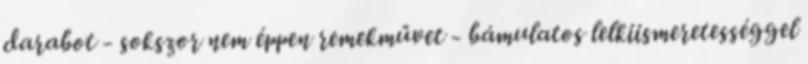
darabot - sokszor nem éppen remekművet - bámulatos lelkiismeretességgel